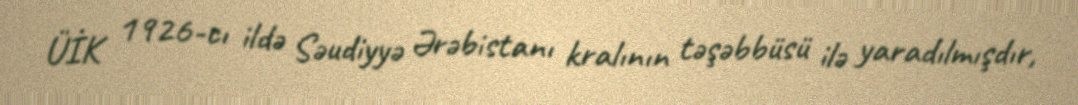
ÜİK 1926-cı ildə Səudiyyə Ərəbistanı kralının təşəbbüsü ilə yaradılmışdır,